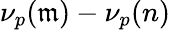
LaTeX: \nu_{p}(\mathfrak{m})-\nu_{p}(n)